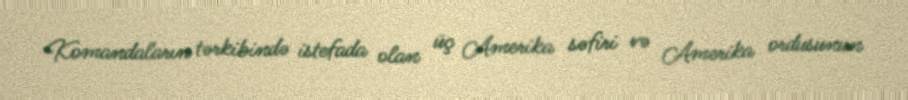
Komandaların tərkibində istefada olan üç Amerika səfiri və Amerika ordusunun